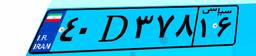
۵۰D۲۸۳۸۴